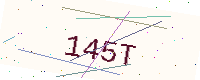
Text: 145T